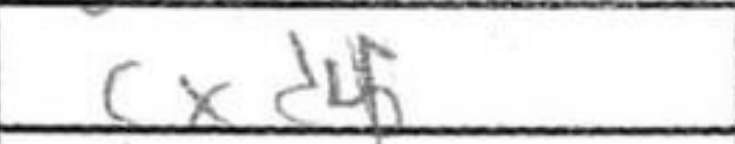
Transcription: cxd4